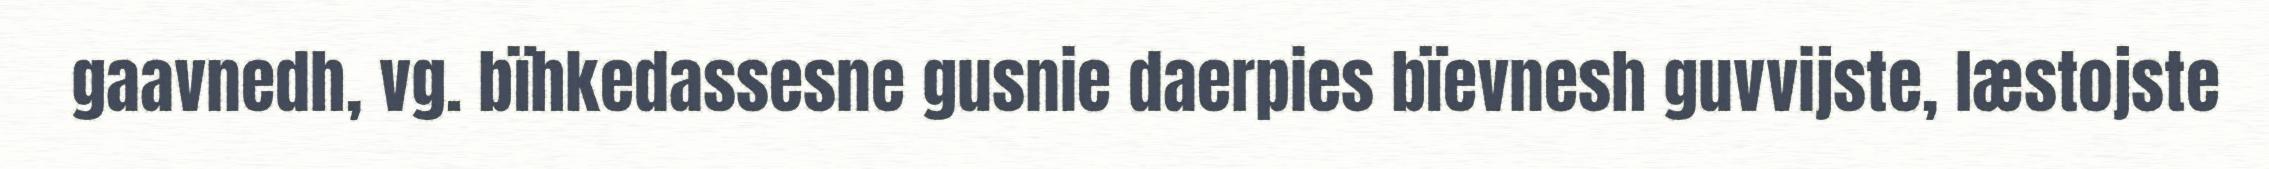
gaavnedh, vg. bïhkedassesne gusnie daerpies bïevnesh guvvijste, læstojste